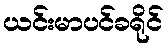
ယင်းမာပင်ခရိုင်